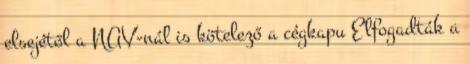
elsejétől a NAV-nál is kötelező a cégkapu Elfogadták a